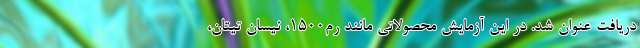
دریافت عنوان شد. در این آزمایش محصولاتی مانند رم1500، نیسان تیتان،